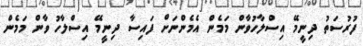
ފުރުސަތު ދިނީމޭ އިސްލާހުވާން މަމެން އެމެންނަށް ފައިސާ ދިނީމޭ އިސްލާހު ވާން މަމެން